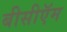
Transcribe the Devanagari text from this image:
बीसीऍम